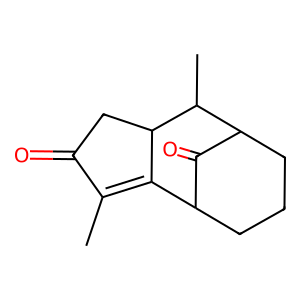
SMILES: CC1=C2C3CCCC(C3=O)C(C)C2CC1=O
Inhibits HIV replication: No